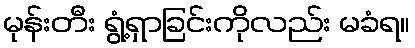
မုန်းတီး ရွံ့ရှာခြင်းကိုလည်း မခံရ။